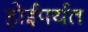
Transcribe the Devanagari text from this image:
होईपर्यत